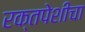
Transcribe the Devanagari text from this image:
रक्तपेशीचा